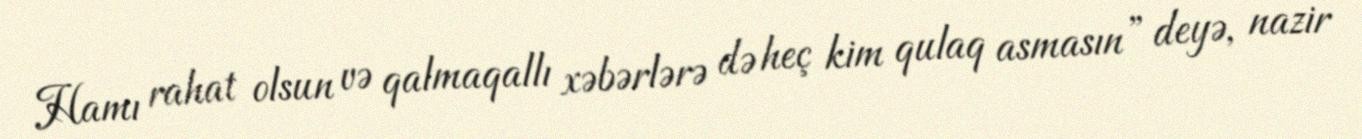
Hamı rahat olsun və qalmaqallı xəbərlərə də heç kim qulaq asmasın” deyə, nazir